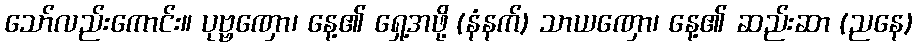
သော်လည်းကောင်း။ ပုဗ္ဗဏှော၊ နေ့၏ ရှေ့အဖို့ (နံနက်) သာယဏှော၊ နေ့၏ ဆည်းဆာ (ညနေ)